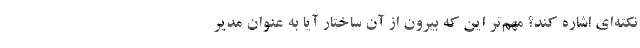
نکته‌ای اشاره کند؟ مهم‌تر این که بیرون از آن ساختار آیا به عنوان مدیر